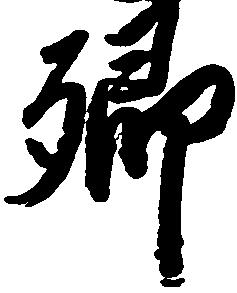
郷